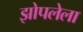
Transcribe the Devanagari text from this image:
झोपलेला